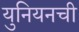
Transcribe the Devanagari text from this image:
युनियनची